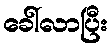
ခေါ်လာပြီး